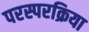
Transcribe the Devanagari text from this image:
परस्परक्रिया